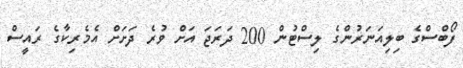
ފޯބްސްގެ ބިލިއަނަރުންގެ ލިސްޓުން 200 ދަރަޖަ އަށް ވުރެ ދަށަށް އެމެރިކާގެ ރައީސް